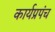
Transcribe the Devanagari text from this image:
कार्यप्रपंच